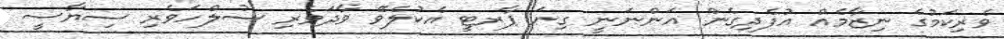
ވެރިކަމުގެ ނިޒާމެއް އުފެދިގެން އަންނަނީ ގިނަ ޕާރޓީ އެކުލެވޭ ވާދަވެރި ސުލްހަވެރި ސިޔާސީ